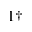
^ { 1 \dagger }